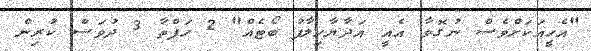
"އެހީއަކަށްވެސް ނުގޮވާ އެއީ އަދާޔާހިލާފު ބޯޓެއް" 2 ހަފްތާ 3 ދުވަސް ކުރިން